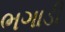
ભગાડી